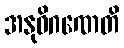
အနုဝိဂဏေတိ